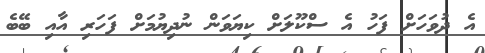
އެ ދުވަހަށް ފަހު އެ ސްކޫލަށް ކިޔަވަން ނުދިޔުމަށް ފަހަރި އާއި ބޭބެ